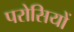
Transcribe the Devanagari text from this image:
परोसियों